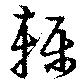
轢